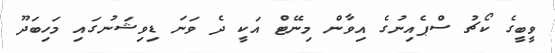
ވީބީގެ ކޯޗު ސްޕެއިނުގެ އިވާން މިނޭޓް އަކީ ދެ ވަނަ ޑިވިޝަނުގައި މަހިބަދޫ